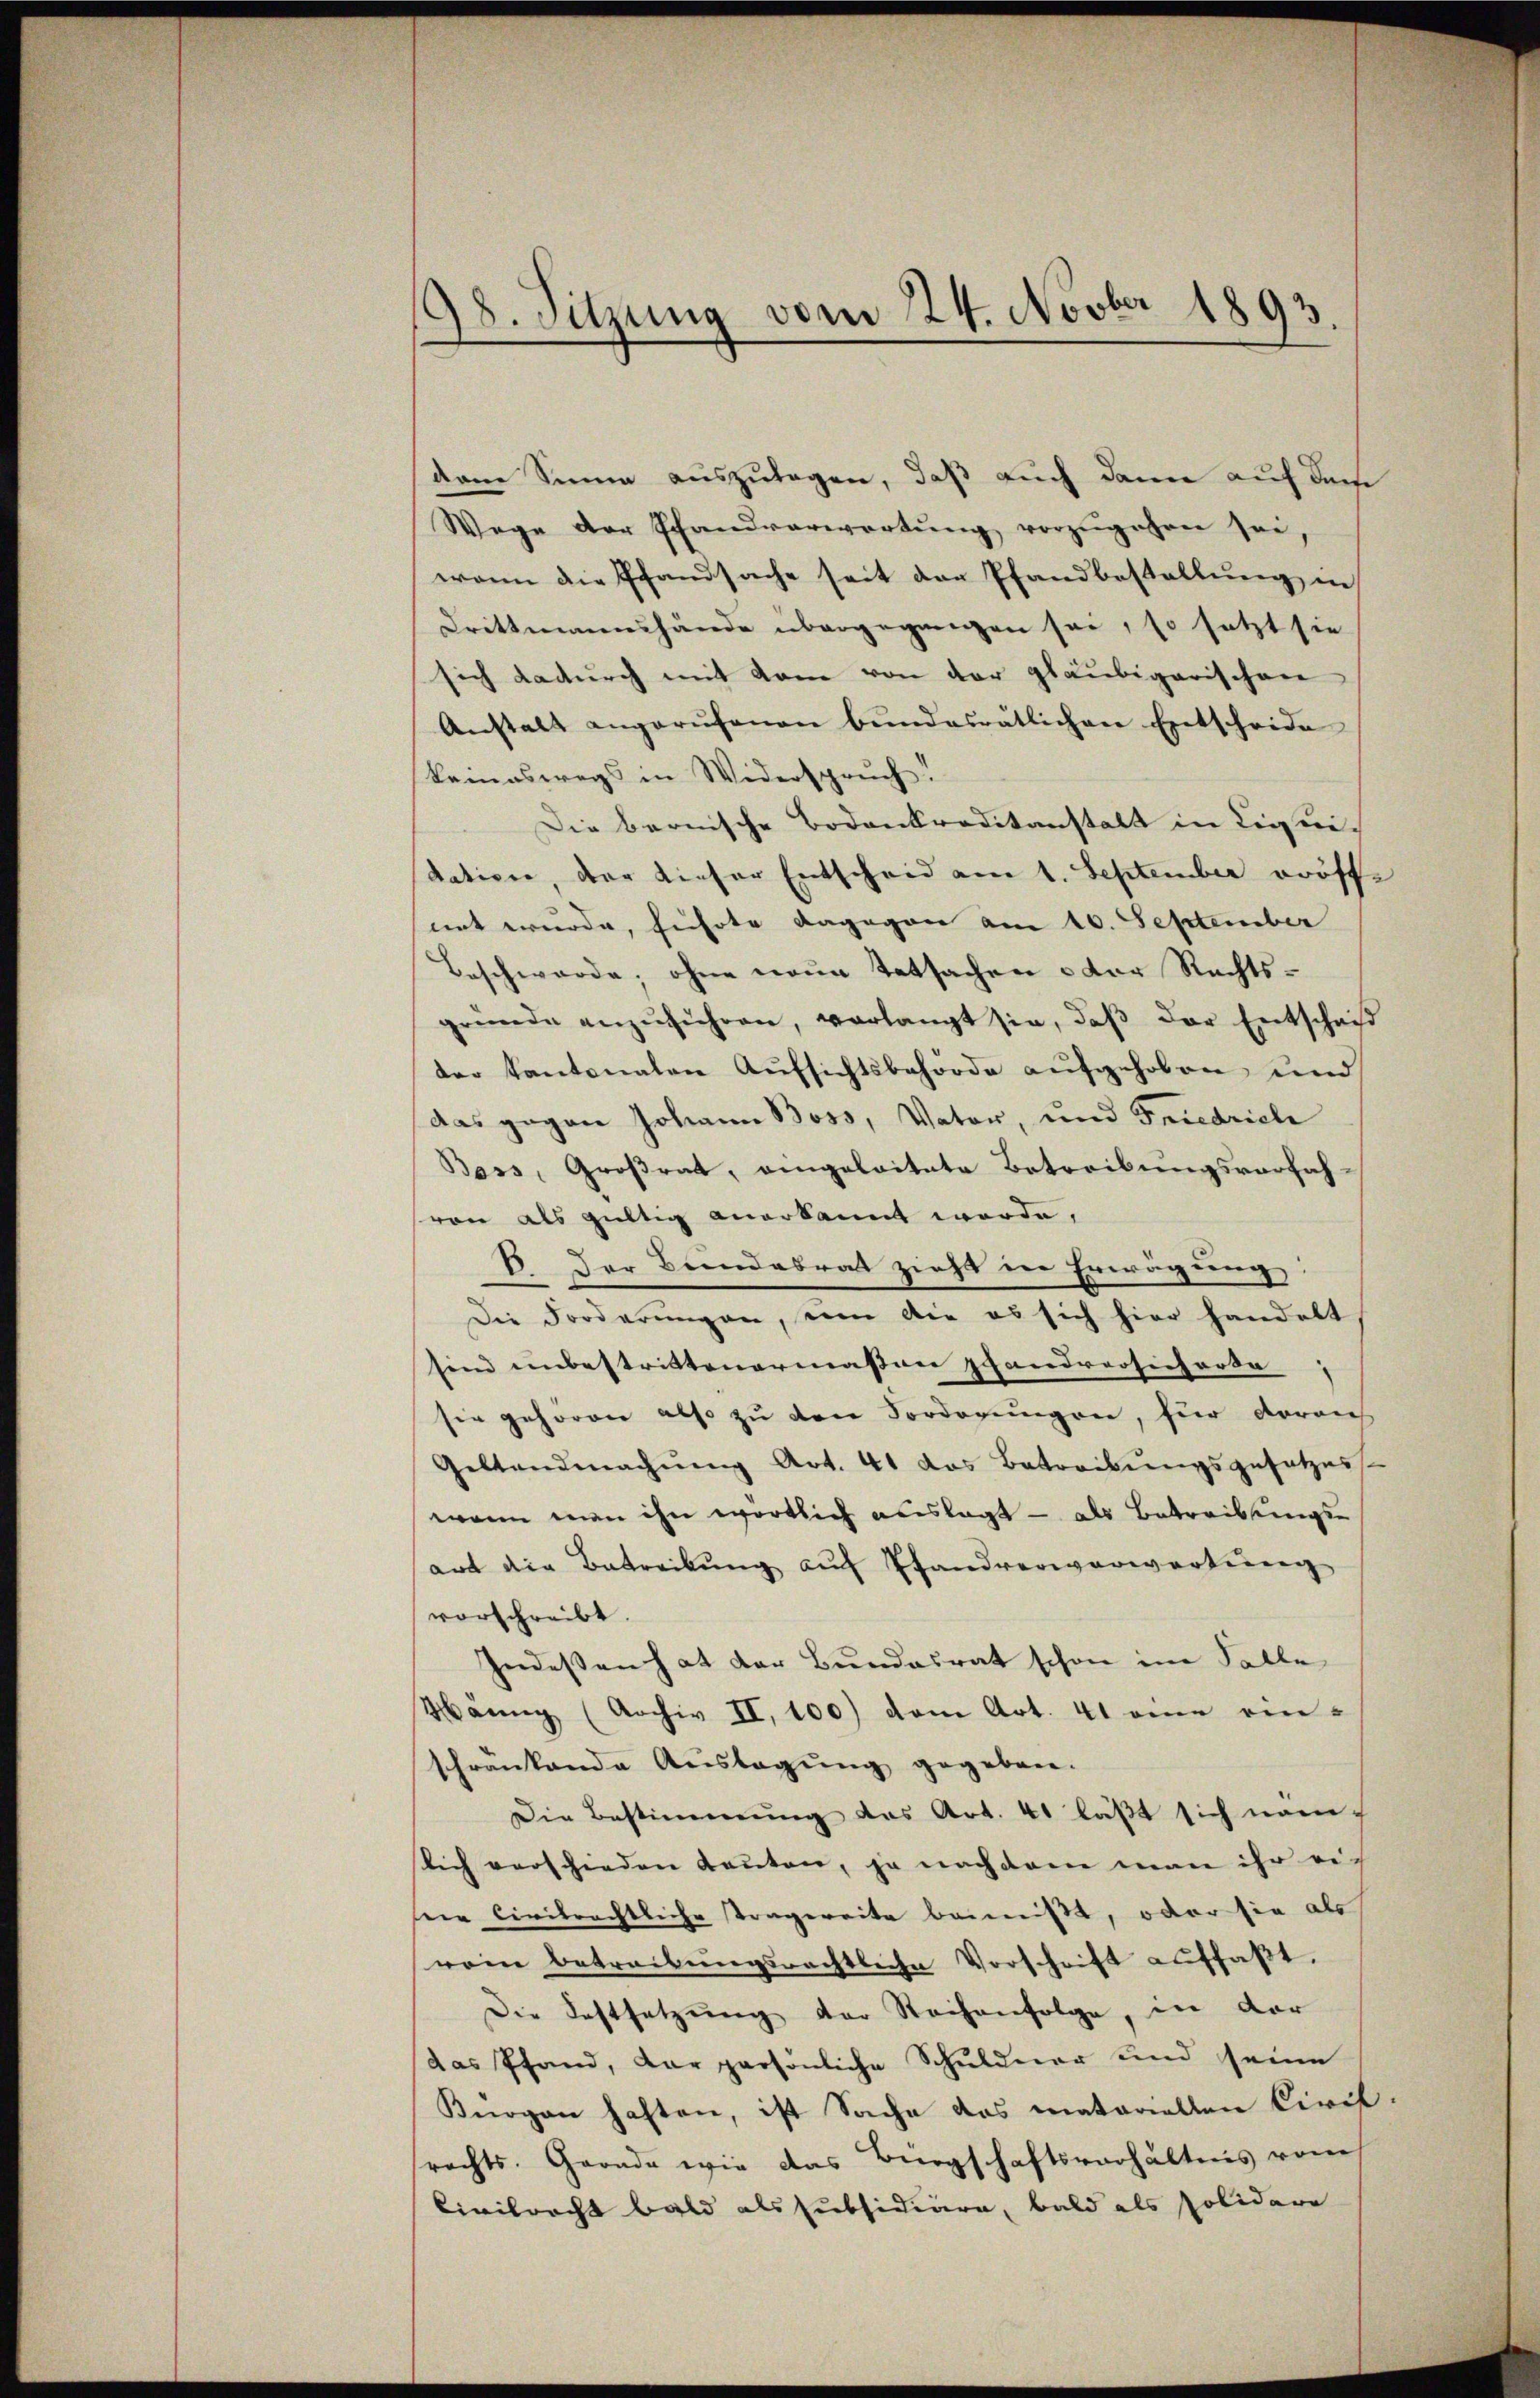
18. Sitzung vom 24. Novber 1893.
.

dem Sinne auszulagen, daß auch dann auf dan
Wege der Pfandverwortŭng vorzŭgehen sei,
wenn die Pfandsache seit der Pfandbestellung in
Drittmannshände übergegangen sei, so setzt sie
sich dadurch mit kam von der gläubigarischen
Anstalt angerufenen bundesrätlichen Entscheide
keineswegs in Widerspruch.
Die bernische Bodenkreditanstalt in Liquidatione, der dieser Entscheid am 1. September eröffnot wurde, führte dagegen am 10. September
Beschwerde, ohne neue Tatsachen der Rechtsgründe anzŭführen, verlangt sie, daβ der Entschai
der Kantonalen Aufsichtsbehörde aufgehoben und
das gegen Johann Boss, Vater, und Friedrich
Boss, Großrat, angelaitate Betreibungsverfahvon als gültig anerkannt werde,
E. Der Bundesrat zieht in Erwägung:
Die Forderungen, um die es sich hier handelt
sind einbestrittenermaßen Pfandrersich orde
sie gehören also zu den Forderungen, für darauf
Geltendmachŭng Art. 41 das Betreibŭngsgesetzess-
wann man ihn wortlich auslagt — als Betreibungs-
art die Betreibŭng auf Pfandverwerwartung
vorschreibt.
Indeßen hat der Bundesrat schon im Falle
Männg (Archiv II, 100) dem Art. 41 eine ein-
schrankende Auslagung gegeben.
Die Bestimmung des Art. 41 läßt sich nam
slich verschieden Kanton, ja nachdem man ihr ei-
seer Civilrechtliche tragereite beimißt, oder sie als
rein betreibŭngsrechtliche Vorschrift auffaßt.
Die Festsetzŭng der Steihenfolge, in der
das Pfand, dar persönliche Schuldner und seine
Knogan haften, ist Sache das matariellen Civil
rechts. Gerade wie das Bürgschaftsverhältnis vom
Civilrecht bald als subsidiären, bald als Polidare